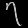
Digit: ၇